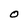
Character: O